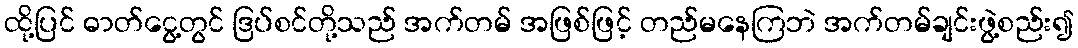
ထို့ပြင် ဓာတ်ငွေ့တွင် ဒြပ်စင်တို့သည် အက်တမ် အဖြစ်ဖြင့် တည်မနေကြဘဲ အက်တမ်ချင်းဖွဲ့စည်း၍